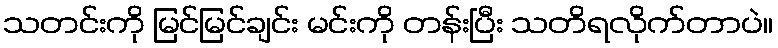
သတင်းကို မြင်မြင်ချင်း မင်းကို တန်းပြီး သတိရလိုက်တာပဲ။